Civil Veterinary Dept. Assam report 1927-50 - 1927-1950
Year: 1927
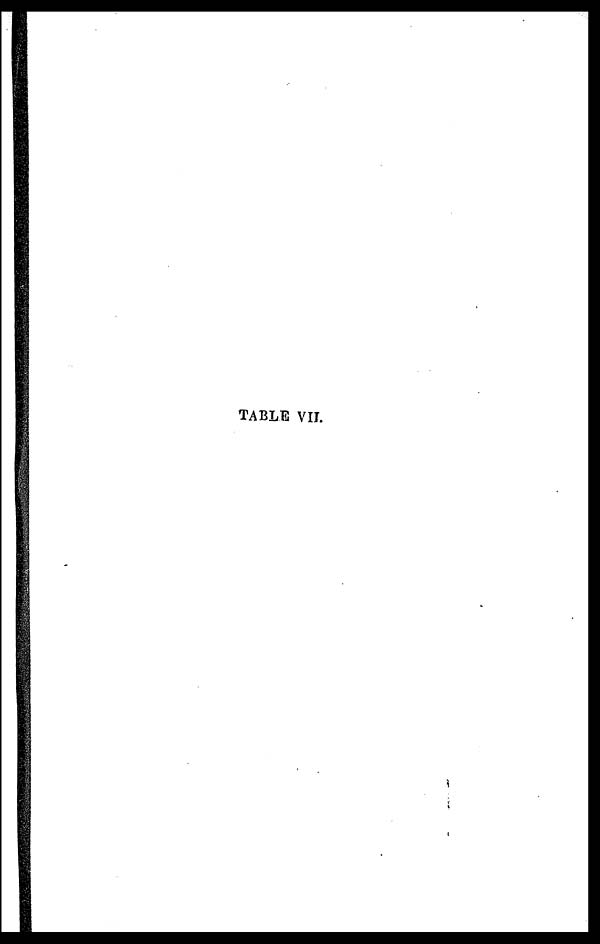
TABLE VII.